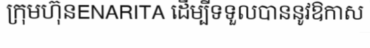
ក្រុមហ៊ុនENARITA ដើម្បីទទួលបាននូវឱកាស